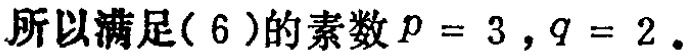
所以满足( 6 )的素数\(p = 3 ,q = 2\)。